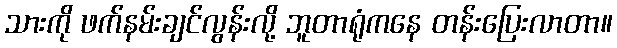
သားကို ဖက်နမ်းချင်လွန်းလို့ ဘူတာရုံကနေ တန်းပြေးလာတာ။